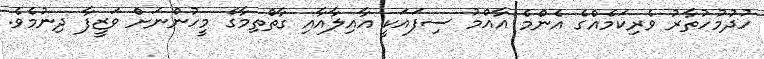
ހުދުމުހުތާރު ވެރިކަމެއްގެ އެންމެ އާއްމު ސިފައަކީ އާއިލާއާއި ގާތްތިމާގެ މީހުންނަށް ވަޒީފާ ދިނުމެވެ.